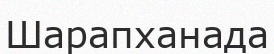
Шарапханада